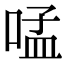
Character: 𠵼